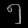
Digit: ၅